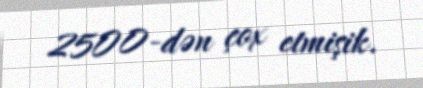
2500-dən çox etmişik.